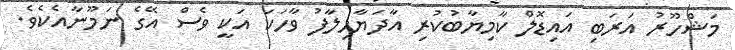
މަޝްހޫރު އަރަބި އައިޑޮލް ކާމިޔާބުކުރި އާދަޔާހިލާފު ވާހަކަ އަކީ ވެސް އޭގެ ނަމޫނާއެކެވެ.